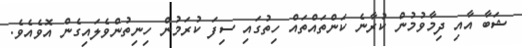
ޝަބާ އާއި ދިމާވުމުން ކުރާނެ ކަންތައްތައް ހިތުގައި ސިފަ ކުރަމުން ހިނިތުންވެލައިގެން އޮވެއެވެ.